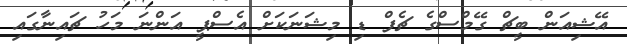
އޭޝިއަން ބީޗް ގޭމްސްގެ ޗެފް ޑި މިޝަނަކަށް އެސްޕީ އަންނަ މަހު ޗައިނާގައި